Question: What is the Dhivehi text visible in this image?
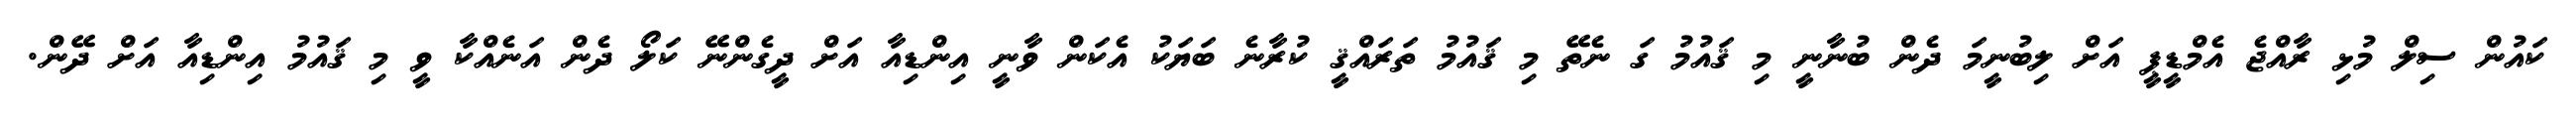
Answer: ކައުން ސިލް މުޅި ރާއްޖެ އެމްޑީޕީ އަށް ލިބުނީމަ ދެން ބުނާނީ މި ޤައުމު ގަ ނެތޭ މި ޤައުމު ތަރައްޤީ ކުރާނެ ބަޔަކު އެކަން ވާނީ އިންޑިއާ އަށް ދީގެންނޭ ކަލޯ ދެން އަނެއްކާ ވީ މި ޤައުމު އިންޑިއާ އަށް ދޭން.